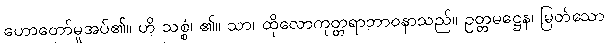
ဟောတော်မူအပ်၏။ ဟိ သစ္စံ၊ ၏။ သာ၊ ထိုလောကုတ္တရာဘာဝနာသည်။ ဥတ္တမဋ္ဌေန၊ မြတ်သော